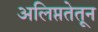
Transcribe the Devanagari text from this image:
अलिप्ततेतून